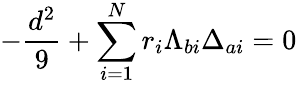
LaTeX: -{\frac{d^{2}}{9}}+\sum_{i=1}^{N}r_{i}\Lambda_{bi}\Delta_{ai}=0